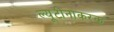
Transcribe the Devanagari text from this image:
ल्यूटीनाकरक